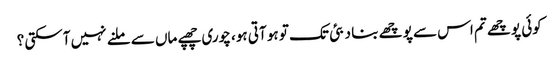
کوئی پوچھے تم اس سے پوچھے بنا دبئی تک تو ہو آتی ہو، چوری چھپے ماں سے ملنے نہیں آسکتی ؟